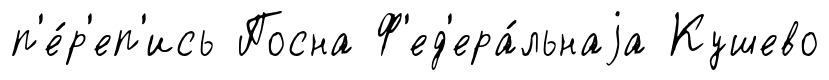
п'е́р'еп'ись Посна Ф'ед'ера́льнаjа Кушево